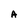
Character: A